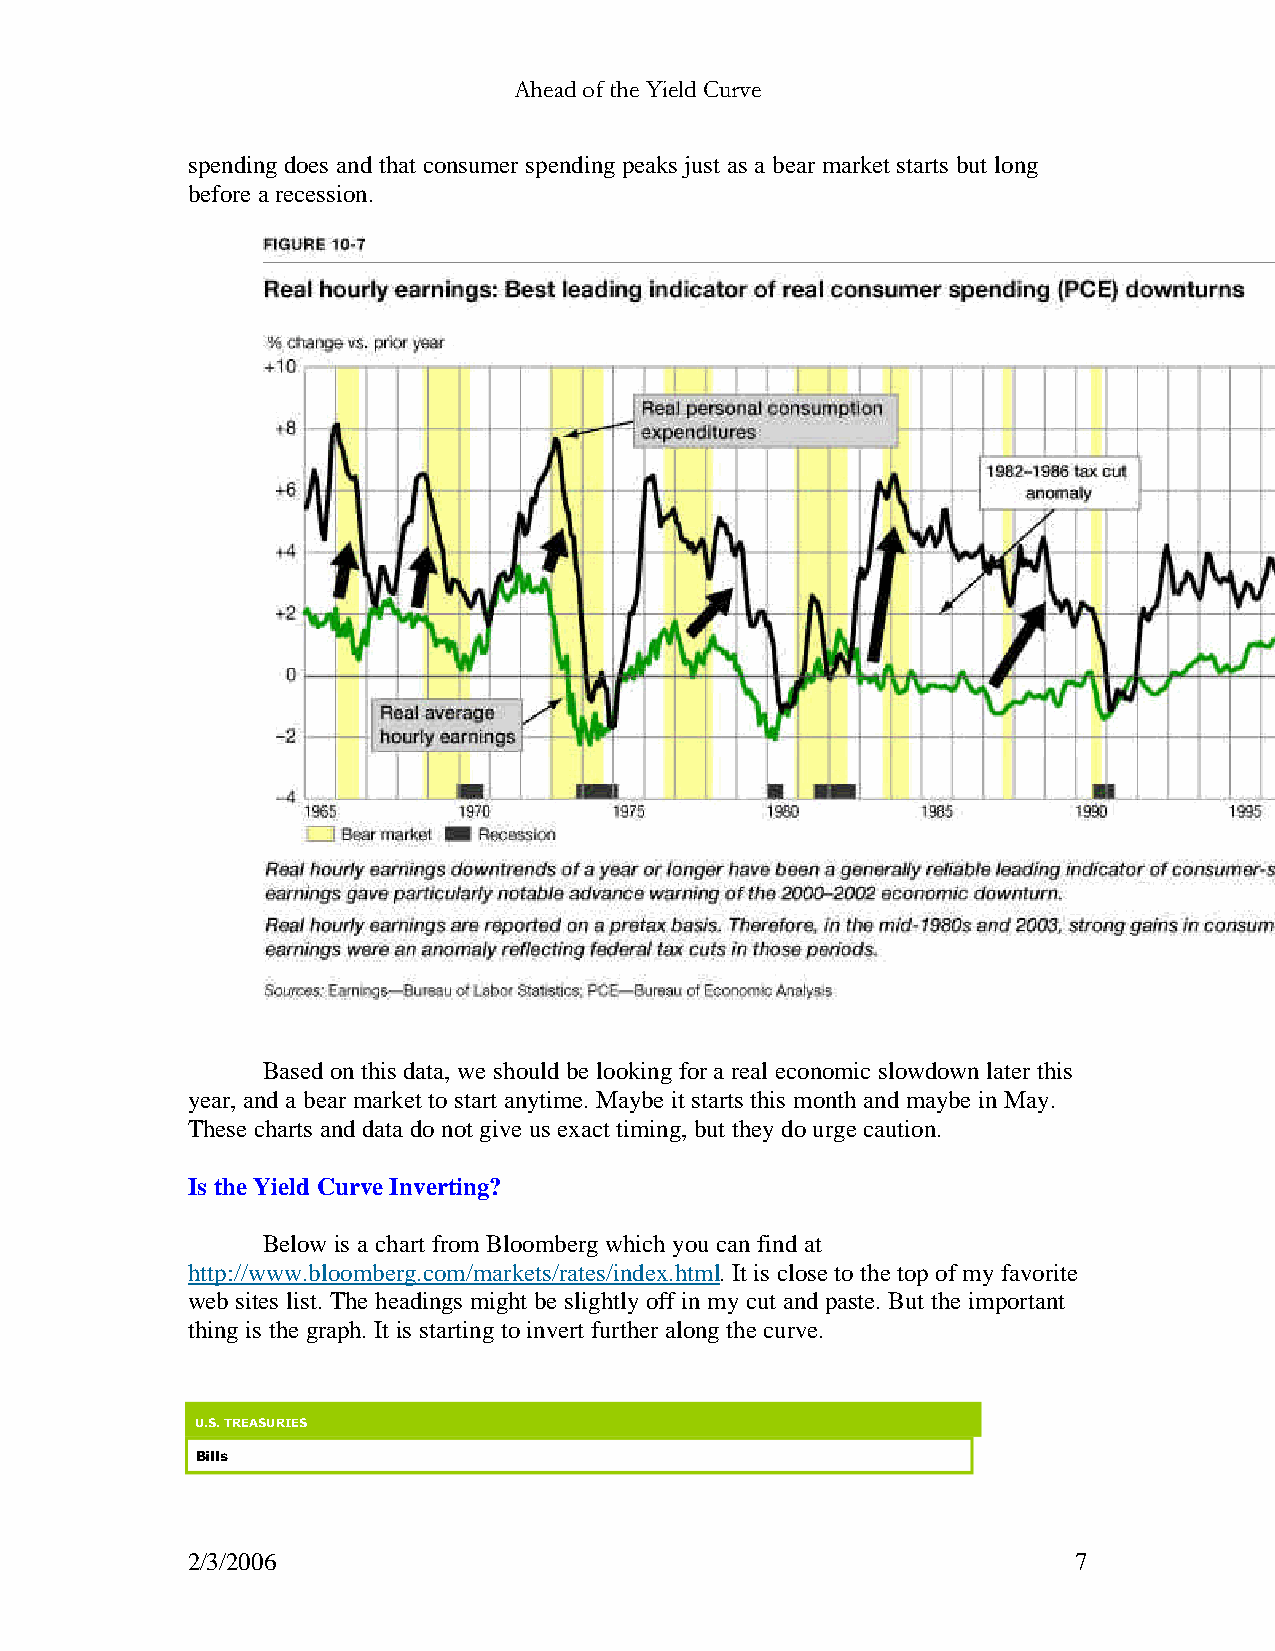
Ahead of the Yield Curve
 spending does and that consumer spending peaks just as a bear market starts but long
 before a recession.
 Based on this data, we should be looking for a real economic slowdown later this
 year, and a bear market to start anytime. Maybe it starts this month and maybe in May.
 These charts and data do not give us exact timing, but they do urge caution.
 Is the Yield Curve Inverting?
 Below is a chart from Bloomberg which you can find at
 http://www.bloomberg.com/markets/rates/index.html. It is close to the top of my favorite
 web sites list. The headings might be slightly off in my cut and paste. But the important
 thing is the graph. It is starting to invert further along the curve.
 U.S. TREASURIES
 Bills
 2/3/2006                                                   7